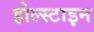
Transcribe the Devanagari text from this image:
होल्स्टाइन